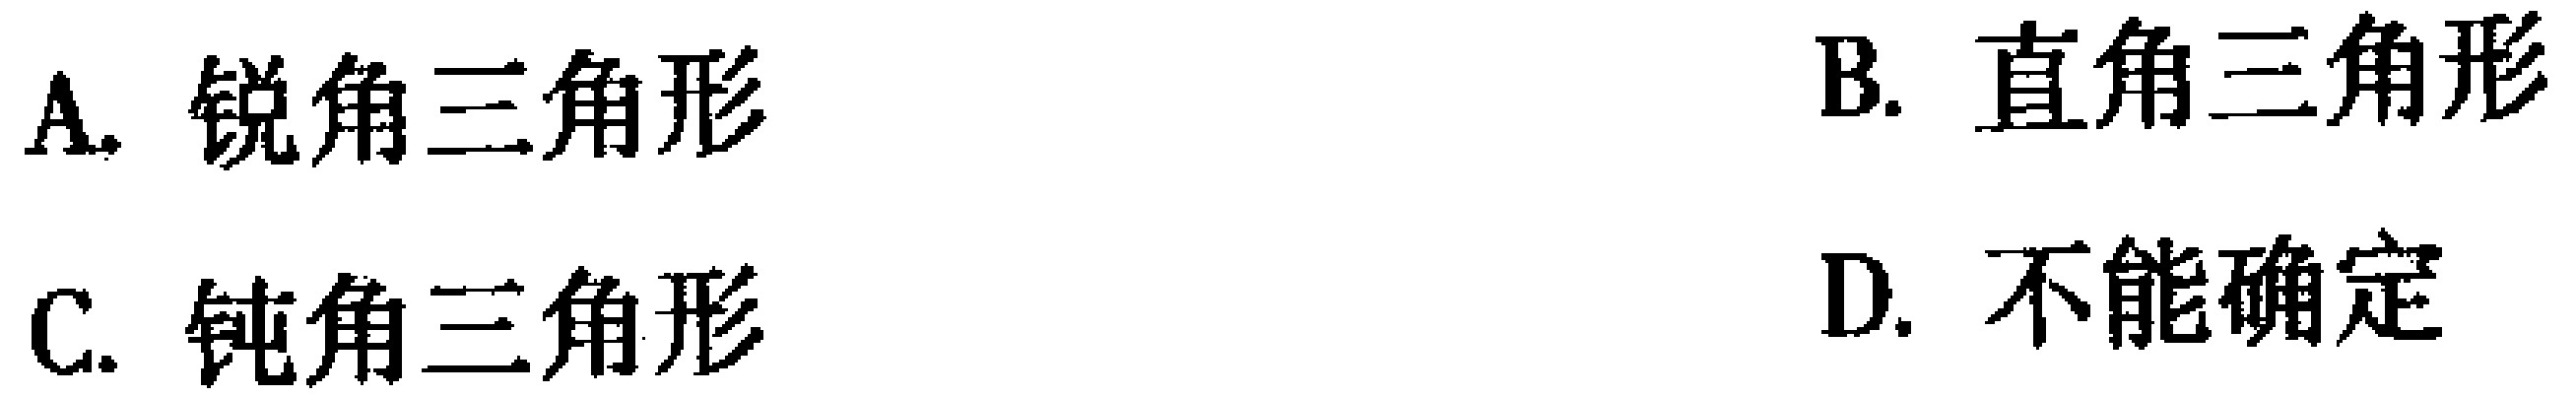
A. 锐角三角形
B. 直角三角形
C. 钝角三角形
D. 不能确定